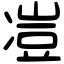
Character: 凒